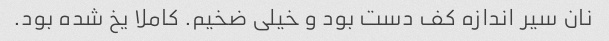
نان سیر اندازه کف دست بود و خیلی ضخیم. کاملا یخ شده بود.